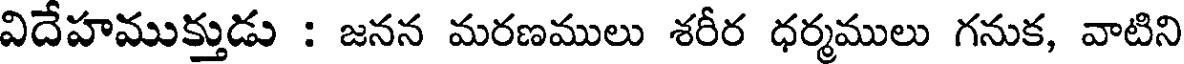
విదేహముక్తుడు : జనన మరణములు శరీర ధర్మములు గనుక, వాటిని